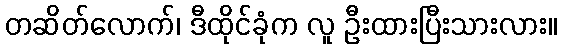
တဆိတ်လောက်၊ ဒီထိုင်ခုံက လူ ဦးထားပြီးသားလား။